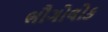
ભૌગોલોક